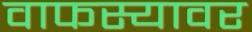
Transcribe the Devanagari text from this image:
वाफस्यावर